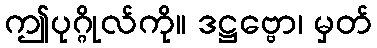
ဤပုဂ္ဂိုလ်ကို။ ဒဋ္ဌဗ္ဗော၊ မှတ်